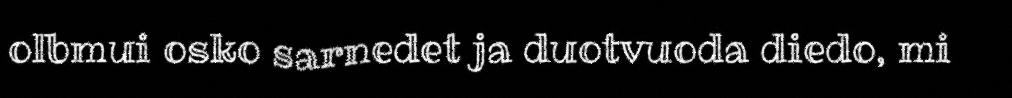
olbmui osko sarnedet ja duotvuoda diedo, mi